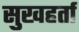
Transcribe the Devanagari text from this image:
सुखहर्ता